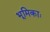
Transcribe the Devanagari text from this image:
भूमिकाः